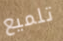
تلميع